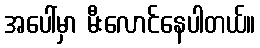
အပေါ်မှာ မီးလောင်နေပါတယ်။